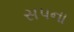
સપના